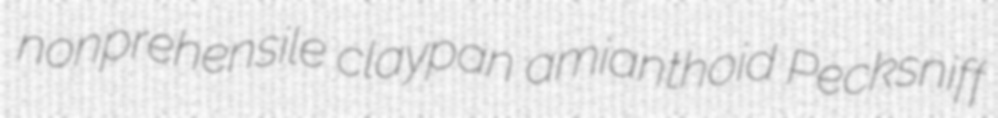
nonprehensile claypan amianthoid Pecksniff